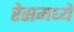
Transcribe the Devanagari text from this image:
रेसमध्ये